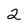
Character: 2